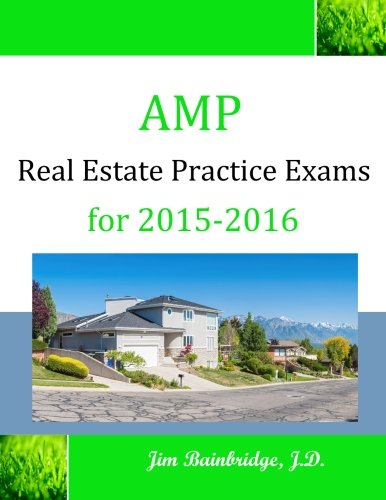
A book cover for AMP Real Estate Practice Exams for 2015-2016; Jim Bainbridge J.D.; Business & Money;